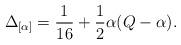
LaTeX: \begin{align*}\Delta _{[\alpha]}=\frac{1}{16}+\frac{1}{2}\alpha(Q-\alpha).\end{align*}